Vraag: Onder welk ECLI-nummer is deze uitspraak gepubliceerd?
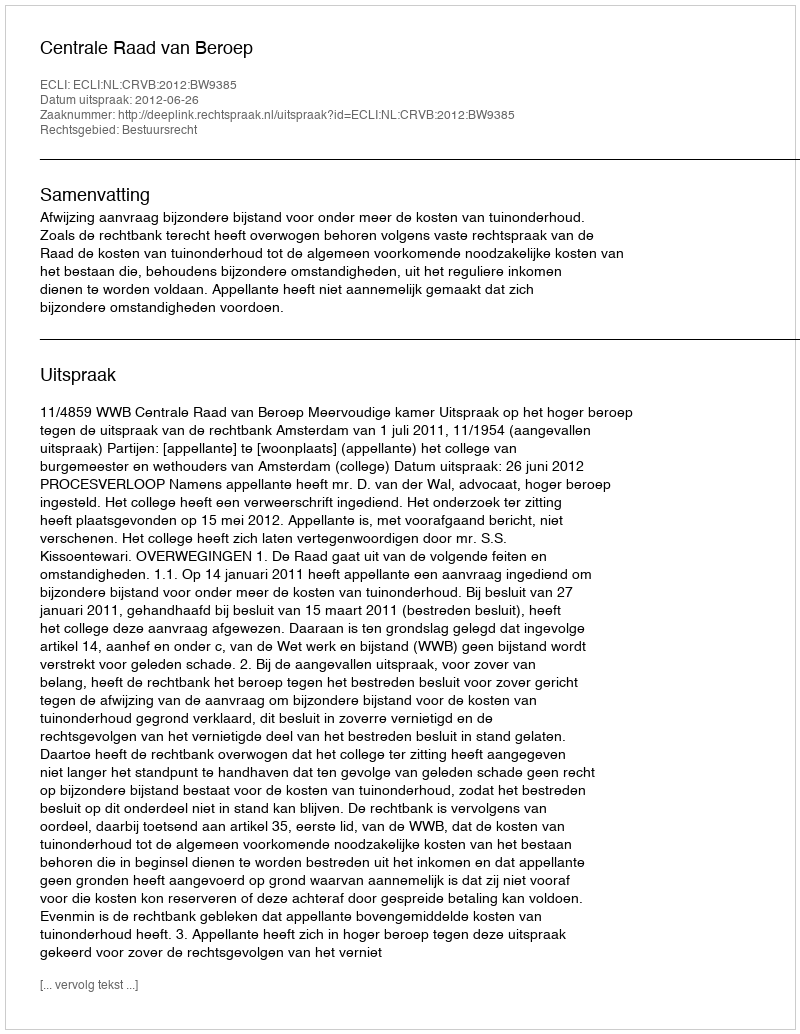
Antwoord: ECLI:NL:CRVB:2012:BW9385